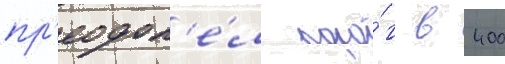
пр'еодол'е́л поро́г в 400